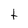
Character: t